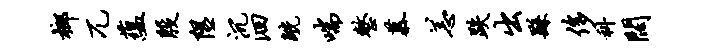
榔兀蕴殷隰沉洄觥喘整慕恙跌出繇侈科阔